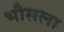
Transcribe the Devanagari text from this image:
भौसला